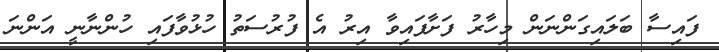
ފައިސާ ބަލައިގަންނަން މިހާރު ފަށާފައިވާ އިރު އެ ފުރުސަތު ހުޅުވާފައި ހުންނާނީ އަންނަ